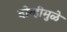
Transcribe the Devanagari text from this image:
दोन्हीमुळे